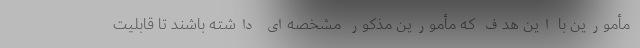
مأمورین با این هدف که مأمورین مذکور مشخصه‌ای داشته باشند تا قابلیت